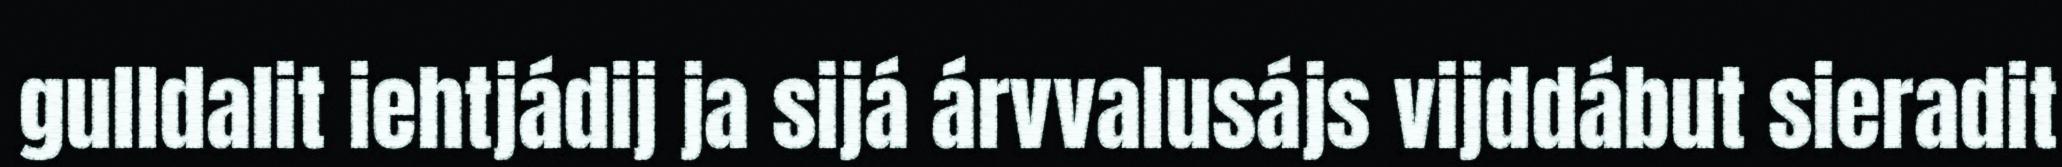
gulldalit iehtjádij ja sijá árvvalusájs vijddábut sieradit